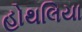
હોથલિયા